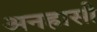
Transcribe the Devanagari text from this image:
अनह्रासी